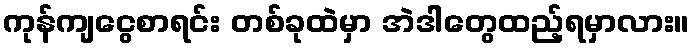
ကုန်ကျငွေစာရင်း တစ်ခုထဲမှာ အဲဒါတွေထည့်ရမှာလား။